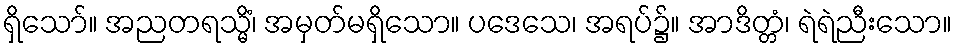
ရှိသော်။ အညတရသ္မိံ၊ အမှတ်မရှိသော။ ပဒေသေ၊ အရပ်၌။ အာဒိတ္တံ၊ ရဲရဲညီးသော။